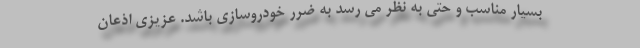
بسيار مناسب و حتي به نظر مي رسد به ضرر خودروسازي باشد. عزيزي اذعان